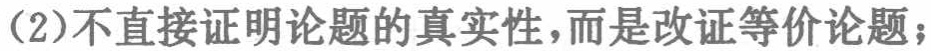
(2)不直接证明论题的真实性，而是改证等价论题；